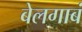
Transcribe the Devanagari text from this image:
बेलगाबं